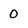
Character: 0